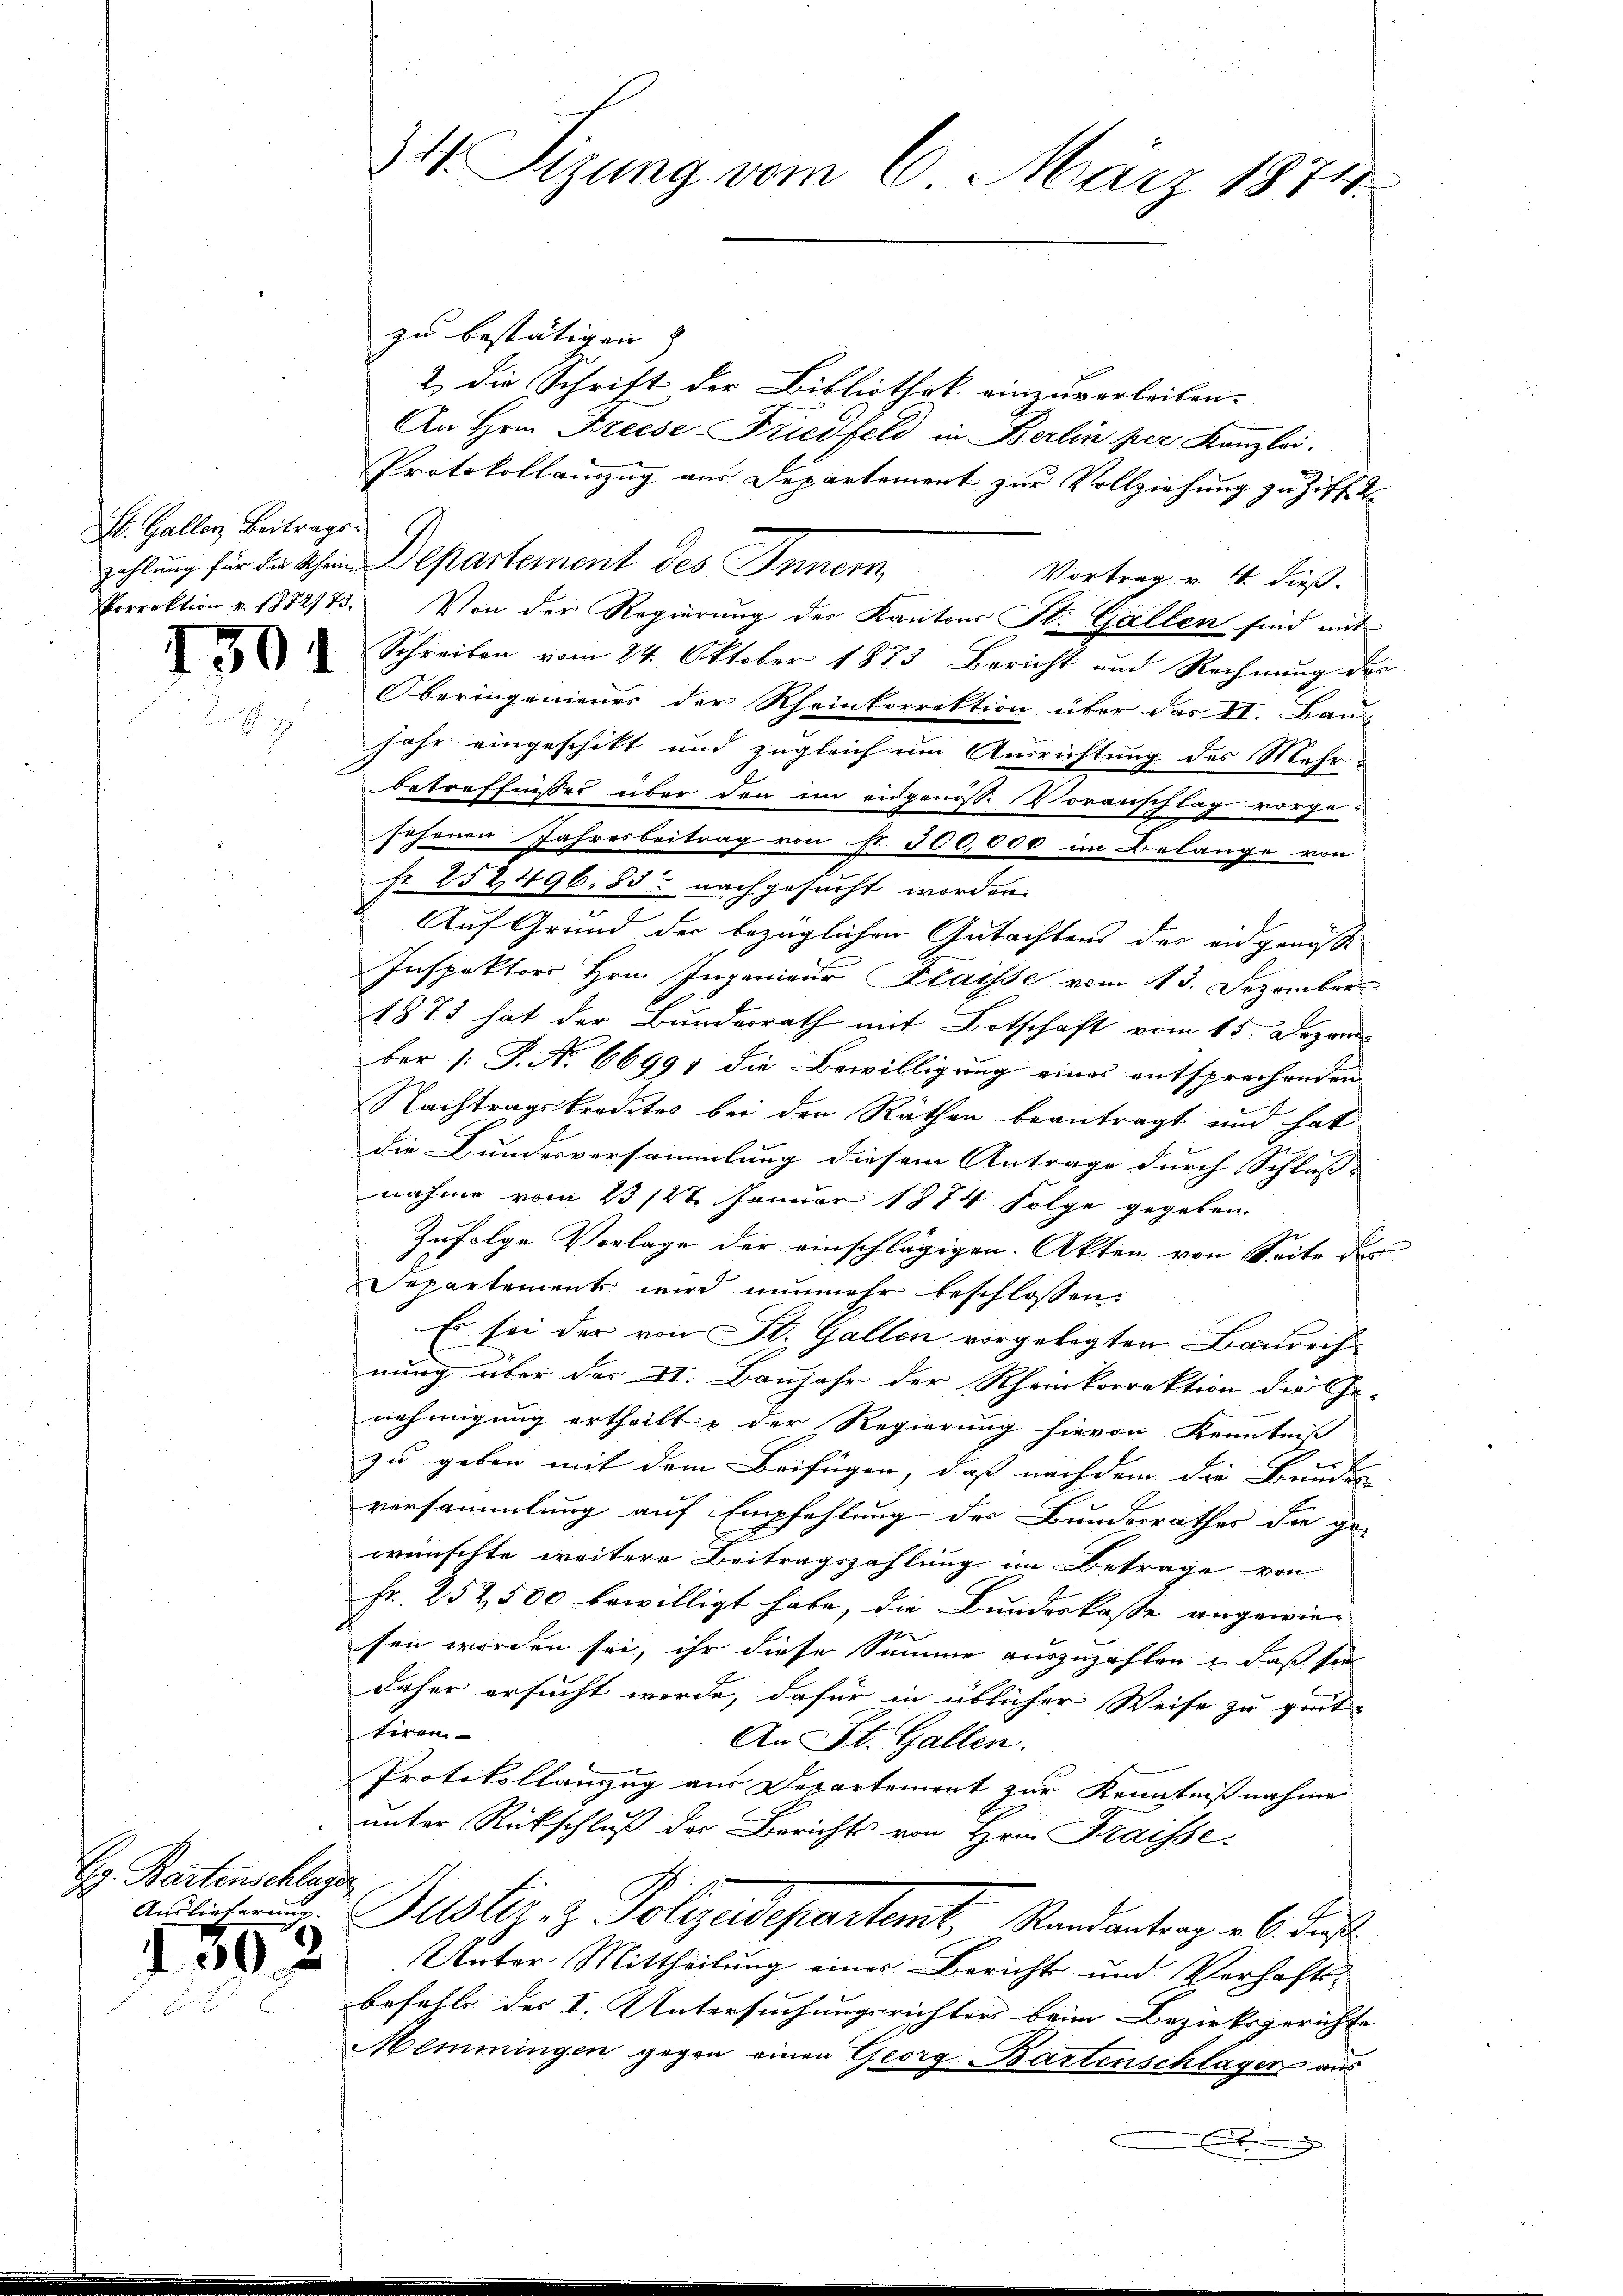
St. Galler Beitrags¬

1501

zu bestätigen.
2. die Schrift der Bibliothek einzuverleiben.
An Hrn. Freese Friedfeld in Berlin per Kanzlei.
Protokollamzug aus Departement zur Vollziehung zu Ziff. 2
zahlung für da Schein Departement des Inner Vortrag v. 4. Fuß.
Norrektion v. 1872/73. Von der Regierung der Kantons St. Gallen sind mit
Schreiben vom 24. Oktober 1873 Bericht und Rechnung der
Oberingenieurs der Rheinkorrektion über das II. Bau-
jahr eingeschikt und zugleich um Ausrichtung des Mehr-
betreffnisses über den im eidgenöss. Voranschlag vorge-
sehenen Jahresbeitrag von fr. 300,000 im Belange von
fr. 252496. 85. nachgesucht worden.
e
Auf Grund der bezüglichen Gutachtens der eingenosse |
Inspektors Hrn. Ingenieur Kraisse vom 13. Dezember
1873 hat der Bundesrath mit Botschaft vom 15. Dezem
ber |: P. Nr. 66991 die Bewilligung eines entsprechenden |
Nachtragskredites bei den Räthen beantragt und hat
die Bundesversammlung diesem Antrage durch Schluss-
nahme vom 23 127. Januar 1874 Folge gegeben.
Zufolge Vorlage der einschlägigen Akten von Seite der
Separtement wird nunmehr beschlossen:
Es sei der von St. Gallen vorgelegten Baurech-
nung über das II. Baujahr der Rheinkorrektion die Ge-
nehmigung ertheilt & der Regierung hievon Kenntniß
zu geben mit dem Beifügen, dass nachdem die Bundes- |
versammlung auf Empfehlung des Bundesrathes die ge-
wünschte weitere Beitragszahlung im Betrage von
fr. 252,500 bewilligt habe, die Bundeskasse angewie-
sen worden sei, ihr diese Summe auszuzahlen, daß sie
daher ersucht werde, dafür in üblicher Weise zu gute
teren
An St. Gallen.
Protokollanzug aus Departement zur Kenntnißnahme
unter Rückschluß der Berichts von Hrn. Fraisse.
Anslichen Justiz- & Polizeidepartemt, Randantrag v. 6. Fuß¬
Unter Mittheilung einer Bericht und Verhaftsbefehl des I. Untersuchungsrichters beim Bezirksgerichte
Memmingen gegen einen Georg Bartenschläger aus
.

Gr. Bartenschlager

0x

34. Sizung vom 6. März 1874